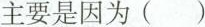
这主要是因为()